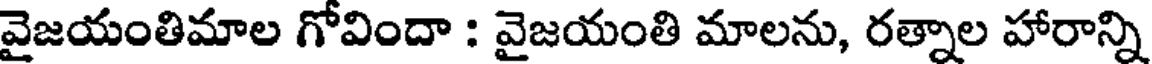
వైజయంతిమాల గోవిందా : వైజయంతి మాలను, రత్నాల హారాన్ని